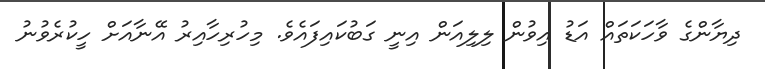
ދިޔާންގެ ވާހަކަތައް އަޑު އިވުން ލިލިއަން އިނީ ގަބުކައިފައެވެ. މިހުރިހާއިރު އޭނާއަށް ހީކުރެވުނު